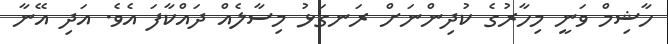
ހާޝިމް ވަނީ މިހާރުގެ ކުދިންނަށް ރަނގަޅު މިސާލެއް ދައްކާފަ އެވެ. އަދި އޭނާ